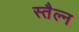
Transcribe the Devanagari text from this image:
स्तैल्न